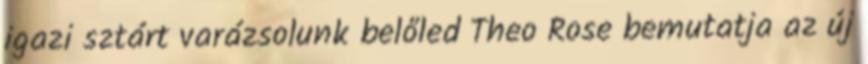
igazi sztárt varázsolunk belőled Theo Rose bemutatja az új